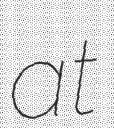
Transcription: at